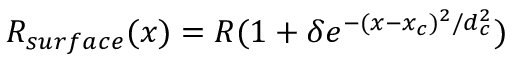
R _ { s u r f a c e } ( x ) = R ( 1 + \delta e ^ { - ( x - x _ { c } ) ^ { 2 } / d _ { c } ^ { 2 } } )